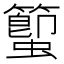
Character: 蠞